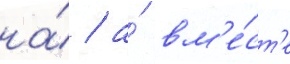
на́ / а́ вм'е́ст'е